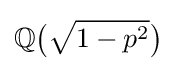
\mathbb {Q} {\big (}{\sqrt {1-p^{2}}}{\big )}